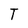
Character: T